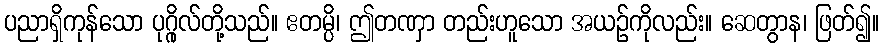
ပညာရှိကုန်သော ပုဂ္ဂိုလ်တို့သည်။ ဧတမ္ပိ၊ ဤတဏှာ တည်းဟူသော အယဉ်ကိုလည်း။ ဆေတွာန၊ ဖြတ်၍။